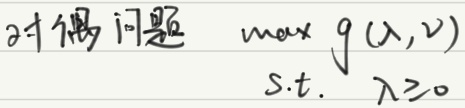
对偶问题 \(\max\ g(\lambda,\nu)\)
s.t. \(\lambda \geq 0\)